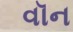
વૉન